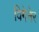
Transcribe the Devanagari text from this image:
विगेनेर